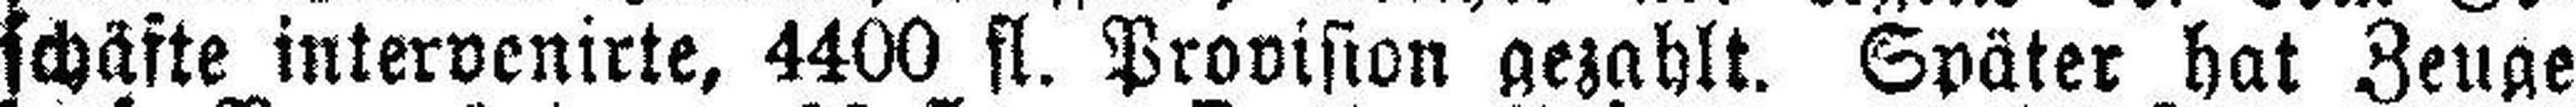
schäfte intervenirte, 4400 fl. Provision gezahlt. Später hat Zeuge